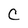
Character: C